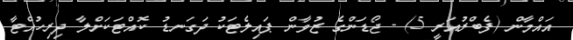
އައްމާން (ފެބްރުއަރީ 5) - ޖޯޑަންގެ ޒުވާން ޕައިލެޓަކު ދަގަނޑު ކޮއްޓަކަށްލާ ދިރިހުއްޓާ